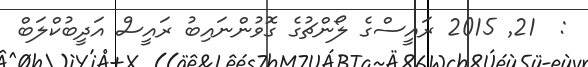
:  21